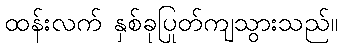
ထန်းလက် နှစ်ခုပြုတ်ကျသွားသည်။